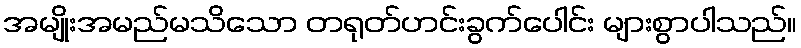
အမျိုးအမည်မသိသော တရုတ်ဟင်းခွက်ပေါင်း များစွာပါသည်။